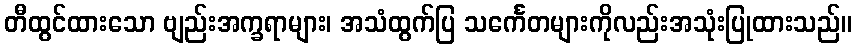
တီထွင်ထားသော ဗျည်းအက္ခရာများ၊ အသံထွက်ပြ သင်္ကေတများကိုလည်းအသုံးပြုထားသည်။